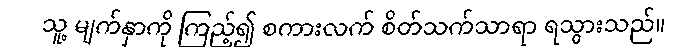
သူ့ မျက်နှာကို ကြည့်၍ စကားလက် စိတ်သက်သာရာ ရသွားသည်။